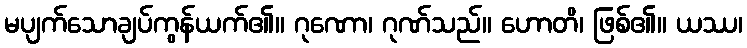
မပျက်သောချပ်ကွန်ယက်၏။ ဂုဏော၊ ဂုဏ်သည်။ ဟောတိ၊ ဖြစ်၏။ ယဿ၊